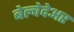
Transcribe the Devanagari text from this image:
बेल्वेदेअर